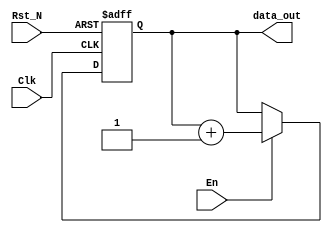
module FIFOCounter(Clk, En, Rst_N, data_out);
    parameter DATA_WIDTH = 15;
	parameter CONST_ZERO = 15'd0;
	parameter CONST_ONE = 15'd1;
	 
	 input Clk, En, Rst_N;
    output reg [DATA_WIDTH - 1:0] data_out;

    always @ (posedge Clk or negedge Rst_N) begin
        if (~Rst_N) data_out <= CONST_ZERO;
        else data_out <= (En) ? data_out + CONST_ONE : data_out;
    end
endmodule